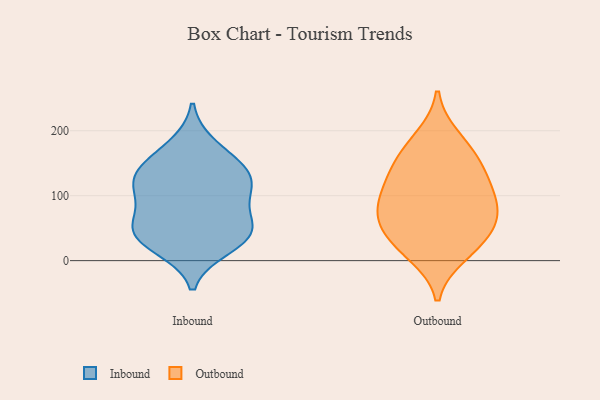
{"axis": {"x": "Market Share (%)", "y": "Value"}, "legend": ["Inbound", "Outbound"], "data": [{"x": "", "y": 67, "type": "Inbound"}, {"x": "", "y": 51, "type": "Inbound"}, {"x": "", "y": 44, "type": "Inbound"}, {"x": "", "y": 100, "type": "Inbound"}, {"x": "", "y": 108, "type": "Inbound"}, {"x": "", "y": 42, "type": "Inbound"}, {"x": "", "y": 123, "type": "Inbound"}, {"x": "", "y": 142, "type": "Inbound"}, {"x": "", "y": 177, "type": "Inbound"}, {"x": "", "y": 20, "type": "Inbound"}, {"x": "", "y": 32, "type": "Inbound"}, {"x": "", "y": 149, "type": "Inbound"}, {"x": "", "y": 124, "type": "Inbound"}, {"x": "", "y": 88, "type": "Outbound"}, {"x": "", "y": 189, "type": "Outbound"}, {"x": "", "y": 50, "type": "Outbound"}, {"x": "", "y": 168, "type": "Outbound"}, {"x": "", "y": 99, "type": "Outbound"}, {"x": "", "y": 41, "type": "Outbound"}, {"x": "", "y": 115, "type": "Outbound"}, {"x": "", "y": 68, "type": "Outbound"}, {"x": "", "y": 144, "type": "Outbound"}, {"x": "", "y": 10, "type": "Outbound"}, {"x": "", "y": 20, "type": "Outbound"}, {"x": "", "y": 74, "type": "Outbound"}, {"x": "", "y": 139, "type": "Outbound"}]}